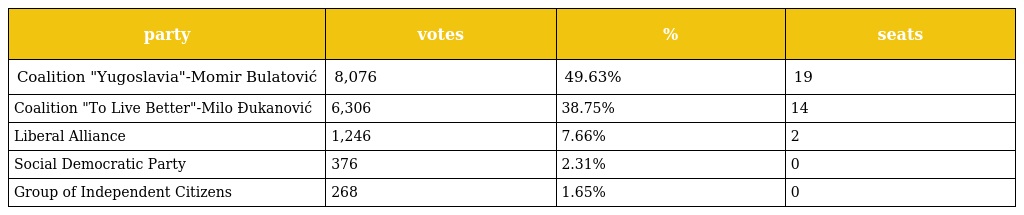
| party | votes | % | seats |
 | --- | --- | --- | --- |
 | Coalition "Yugoslavia"-Momir Bulatović | 8,076 | 49.63% | 19 |
 | Coalition "To Live Better"-Milo Đukanović | 6,306 | 38.75% | 14 |
 | Liberal Alliance | 1,246 | 7.66% | 2 |
 | Social Democratic Party | 376 | 2.31% | 0 |
 | Group of Independent Citizens | 268 | 1.65% | 0 |